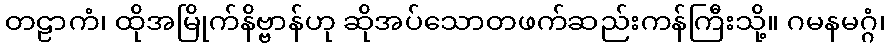
တဠာကံ၊ ထိုအမြိုက်နိဗ္ဗာန်ဟု ဆိုအပ်သောတဖက်ဆည်းကန်ကြီးသို့။ ဂမနမဂ္ဂံ၊